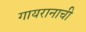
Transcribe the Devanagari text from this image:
गायरानाची